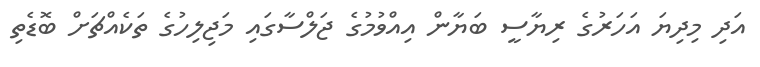
އަދި މިދިޔަ އަހަރުގެ ރިޔާސީ ބަޔާން އިއްވުމުގެ ޖަލްސާގައި މަޖިލިހުގެ ތަކެއްޗަށް ބޮޑެތި